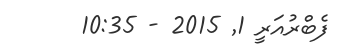
ފެބްރުއަރީ 1